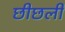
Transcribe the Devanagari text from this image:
छीछली